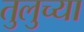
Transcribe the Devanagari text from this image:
तुलुच्या